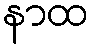
နာထ